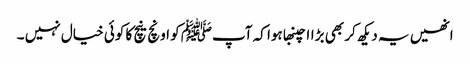
انھیں یہ دیکھ کر بھی بڑاا چنبھا ہوا کہ آپﷺ کو اونچ نیچ کا کوئی خیال نہیں ۔